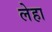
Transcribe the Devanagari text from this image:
लेहा